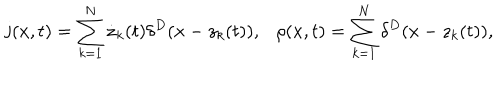
{ \bf j } ( x , t ) = \sum _ { k = 1 } ^ { N } \dot { \bf z } _ { k } ( t ) \delta ^ { D } ( x - z _ { k } ( t ) ) , \rho ( x , t ) = \sum _ { k = 1 } ^ { N } \delta ^ { D } ( x - z _ { k } ( t ) ) ,